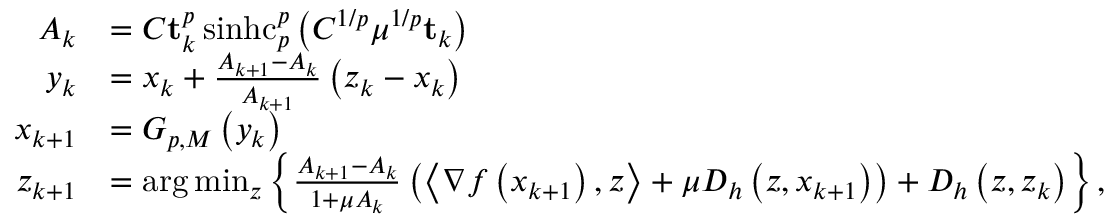
\begin{array} { r l } { A _ { k } } & { = C \mathbf { t } _ { k } ^ { p } \operatorname { s i n h c } _ { p } ^ { p } \left( C ^ { 1 / p } \mu ^ { 1 / p } \mathbf { t } _ { k } \right) } \\ { y _ { k } } & { = x _ { k } + \frac { A _ { k + 1 } - A _ { k } } { A _ { k + 1 } } \left( z _ { k } - x _ { k } \right) } \\ { x _ { k + 1 } } & { = G _ { p , M } \left( y _ { k } \right) } \\ { z _ { k + 1 } } & { = \arg \operatorname* { m i n } _ { z } \left\{ \frac { A _ { k + 1 } - A _ { k } } { 1 + \mu A _ { k } } \left( \left\langle \nabla f \left( x _ { k + 1 } \right) , z \right\rangle + \mu D _ { h } \left( z , x _ { k + 1 } \right) \right) + D _ { h } \left( z , z _ { k } \right) \right\} , } \end{array}